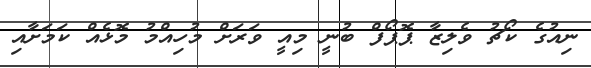
ނިއުގެ ކޯޗު ވެލިޒާ ޕޮޕޯފް ބުނީ މިއީ ވަރަށް މުހިއްމު މޮޅެއް ކަމަށާއި